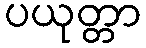
ပယုတ္တာ